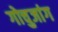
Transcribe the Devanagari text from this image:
गोचुजांग